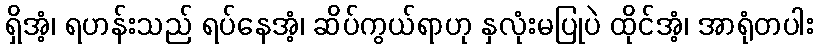
ရှိအံ့၊ ရဟန်းသည် ရပ်နေအံ့၊ ဆိပ်ကွယ်ရာဟု နှလုံးမပြုပဲ ထိုင်အံ့၊ အာရုံတပါး